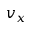
v _ { x }